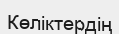
Көліктердің